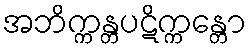
အဘိက္ကန္တပဋိက္ကန္တော